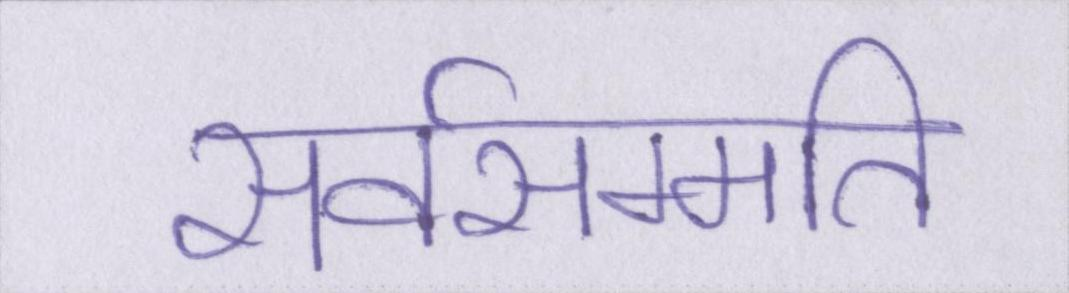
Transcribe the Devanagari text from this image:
सर्वसम्मति